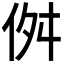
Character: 𠈞